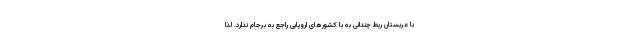
با عربستان ربط چندانی به با کشورهای اروپایی راجع به برجام ندارد. لذا